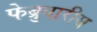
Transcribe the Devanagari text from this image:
फेब्रुवारीस